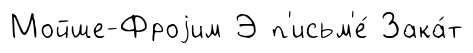
Мойше-Фроjим Э п'исьм'е́ Зака́т